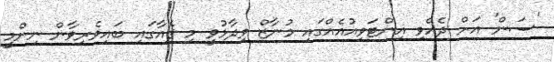
'ސަން' އަށް ދެއްވި އިންޓަވިއުއެއްގައި މުނާޒް ވިދާޅުވީ މި ފެއާގައި ބައިވެރިވާން ނިންމީ